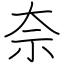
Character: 奈